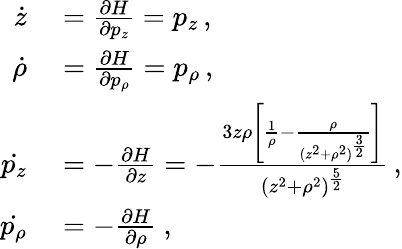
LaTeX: \begin{array}{rl}{\dot{z}}&{{}=\frac{\partial H}{\partial p_{z}}=p_{z}\, ,}\\ {\dot{\rho}}&{{}=\frac{\partial H}{\partial p_{\rho}}=p_{\rho}\, ,}\\ {\dot{p_{z}}}&{{}=-\frac{\partial H}{\partial z}=-\frac{3z\rho\left[\frac{1}{\rho}-\frac{\rho}{(z^{2}+\rho^{2})^{\frac{3}{2}}}\right]}{(z^{2}+\rho^{2})^{\frac{5}{2}}}\, ,}\\ {\dot{p_{\rho}}}&{{}=-\frac{\partial H}{\partial\rho}\ ,}\end{array}